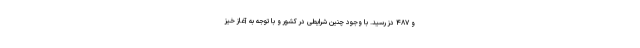
و ۴۸۷ دُز رسید. با وجود چنین شرایطی در کشور و با توجه به آغاز خیز